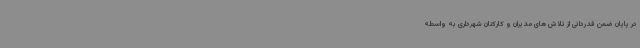
در پایان ضمن قدردانی از تلاش های مدیران و کارکنان شهرداری به واسطه